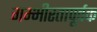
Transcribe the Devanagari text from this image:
गम्भीरतापूर्वक